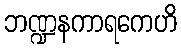
ဘဏ္ဍနကာရကေဟိ